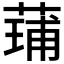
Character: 𮐢